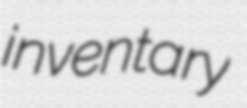
inventary